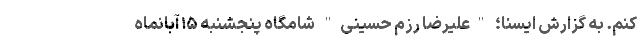
کنم. به گزارش ایسنا؛ "علیرضا رزم حسینی" شامگاه پنجشنبه ۱۵ آبانماه